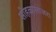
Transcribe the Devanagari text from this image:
सोहळासाजरा